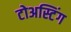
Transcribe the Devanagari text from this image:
टोअस्टिंग